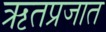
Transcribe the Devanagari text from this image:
ऋतप्रजात